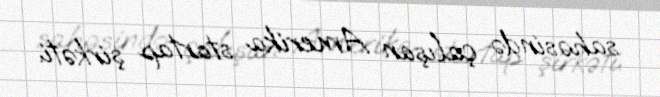
sahəsində çalışan Amerika startap şirkəti.